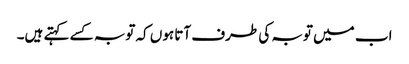
اب میں توبہ کی طرف آتا ہوں کہ توبہ کسے کہتے ہیں۔